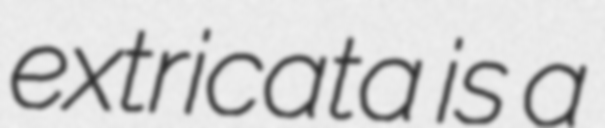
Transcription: extricata is a